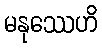
မနုဿေဟိ